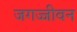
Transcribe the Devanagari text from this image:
जगज्जीवन